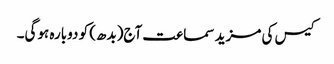
کیس کی مزید سماعت آج(بدھ) کو دوبارہ ہوگی۔